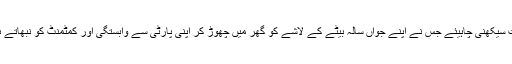
کپتان کو پیپلز پارٹی کی روبینہ قائم خوانی سے سیاست سیکھنی چاہیئے جس نے اپنے جواں سالہ بیٹے کے لاشے کو گھر میں چھوڑ کر اپنی پارٹی سے وابستگی اور کمٹمنٹ کو نبھاتے ہوئے اسمبلی میں جا کر ووٹ ڈال کر اپنا فرض ادا کیا۔